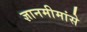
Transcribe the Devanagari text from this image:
ज्ञानमीमांसे